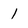
Character: 1